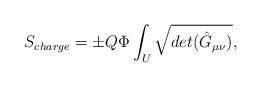
LaTeX: \begin{align*}S_{charge}={\pm} Q{\Phi} \int_{U} \sqrt{det({\hat G}_{\mu \nu})},\end{align*}